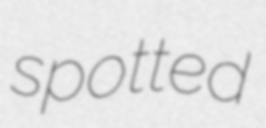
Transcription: spotted